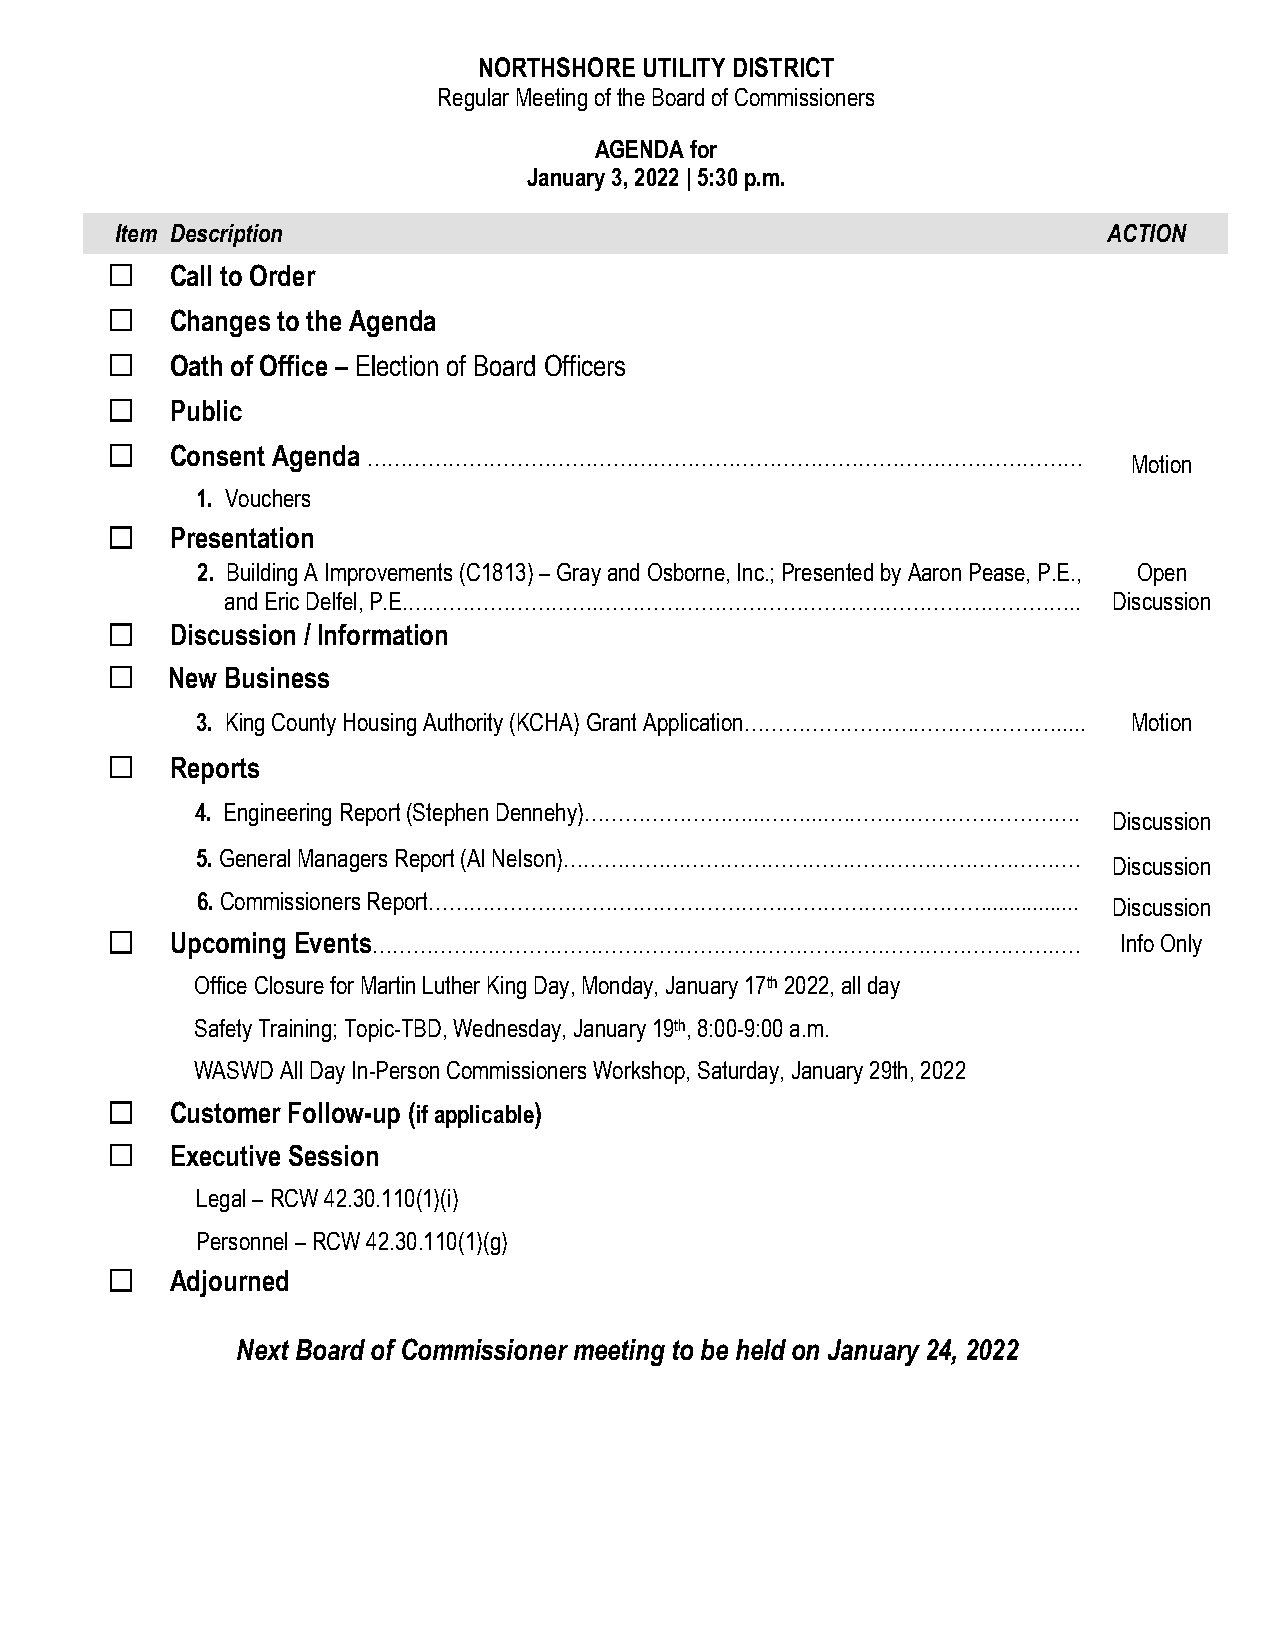
NORTHSHORE UTILITY DISTRICT
 Regular Meeting of the Board of Commissioners
 AGENDA for
 January 3, 2022 | 5:30 p.m.
 Item Description                                                 ACTION
 ☐   Call to Order
 ☐   Changes to the Agenda
 ☐   Oath of Office – Election of Board Officers
 ☐   Public
 ☐   Consent Agenda ……………………………………………………………………………………………
 Motion
 1. Vouchers
 ☐   Presentation
 2. Building A Improvements (C1813) – Gray and Osborne, Inc.; Presented by Aaron Pease, P.E., Open
 and Eric Delfel, P.E.……………………….……………………………………………………………..   Discussion
 ☐   Discussion / Information
 ☐   New Business
 3. King County Housing Authority (KCHA) Grant Application…………………….…………………..... Motion
 ☐   Reports
 4. Engineering Report (Stephen Dennehy)……………………...……...….…………………………….
 Discussion
 5. General Managers Report (Al Nelson)………………………………………………………………….
 Discussion
 6. Commissioners Report………………………….……………………………………………................
 Discussion
 ☐   Upcoming Events……………………………………………………………………………………….….            Info Only
 Office Closure for Martin Luther King Day, Monday, January 17th 2022, all day
 Safety Training; Topic-TBD, Wednesday, January 19th, 8:00-9:00 a.m.
 WASWD All Day In-Person Commissioners Workshop, Saturday, January 29th, 2022
 ☐   Customer Follow-up (if applicable)
 ☐   Executive Session
 Legal – RCW 42.30.110(1)(i)
 Personnel – RCW 42.30.110(1)(g)
 ☐   Adjourned
 Next Board of Commissioner meeting to be held on January 24, 2022